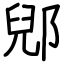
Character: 郳